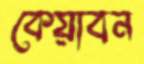
কেয়াবন